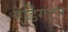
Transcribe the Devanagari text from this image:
एर्डिंगटन